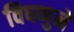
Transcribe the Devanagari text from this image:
विषणुने